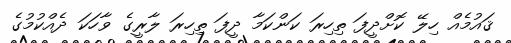
ޤައުމެއް ހިލޭ ކޮށްދީފަ ތިހިރަ ކަންކަމާ ދީފަ ތިހިރަ ލާރީގެ ވާހަކަ ދެއްކުމުގެ